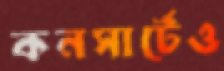
কনসার্টেও